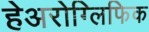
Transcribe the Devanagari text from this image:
हेअरोग्लिफिक